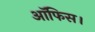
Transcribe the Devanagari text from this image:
आॅफिस।